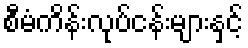
စီမံကိန်းလုပ်ငန်းများနှင့်